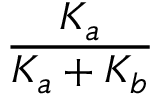
\frac { K _ { a } } { K _ { a } + K _ { b } }